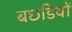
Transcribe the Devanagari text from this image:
बछडियों